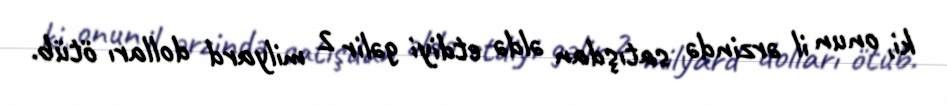
ki, onun il ərzində satışdan əldə etdiyi gəlir 2 milyard dolları ötüb.